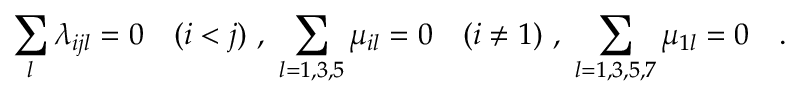
\sum _ { l } \lambda _ { i j l } = 0 \quad ( i < j ) \ , \ \sum _ { \tiny l = 1 , 3 , 5 } \mu _ { i l } = 0 \quad ( i \neq 1 ) \ , \ \sum _ { \tiny l = 1 , 3 , 5 , 7 } \mu _ { 1 l } = 0 \quad .